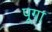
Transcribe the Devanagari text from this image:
पूगा